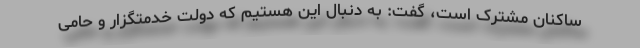
ساکنان مشترک است، گفت: به دنبال این هستیم که دولت خدمتگزار و حامی